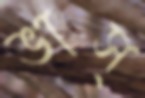
ভাস্‌